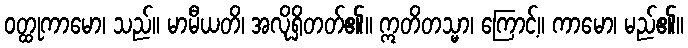
ဝတ္ထုကာမော၊ သည်။ မာမီယတိ၊ အလိုရှိတတ်၏။ ဣတိတသ္မာ၊ ကြောင့်။ ကာမော၊ မည်၏။